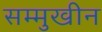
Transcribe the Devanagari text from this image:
सम्मुखीन